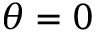
\theta = 0